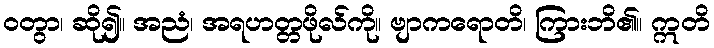
ဝတွာ၊ ဆို၍။ အညံ၊ အရဟတ္တဖိုလ်ကို။ ဗျာကရောတိ၊ ကြားဘိ၏။ ဣတိ